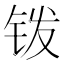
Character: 䥽